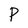
Character: P